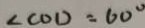
\angle C O D = 6 0 ^ { \circ }